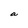
Character: a